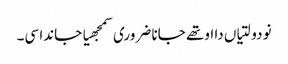
نو دولتیاں دا اوتھے جانا ضروری سمجھیا جاندا سی۔